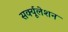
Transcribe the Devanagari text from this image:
सर्क्यूलेशन